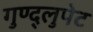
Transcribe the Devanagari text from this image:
गुण्द्लुपेट